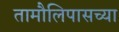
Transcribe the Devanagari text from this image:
तामौलिपासच्या